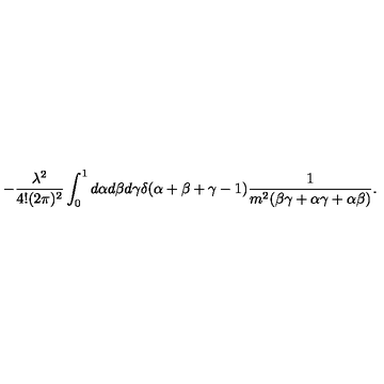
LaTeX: - \frac { \lambda ^ { 2 } } { 4 ! ( 2 \pi ) ^ { 2 } } \int _ { 0 } ^ { 1 } d \alpha d \beta d \gamma \delta ( \alpha + \beta + \gamma - 1 ) \frac { 1 } { m ^ { 2 } ( \beta \gamma + \alpha \gamma + \alpha \beta ) } .